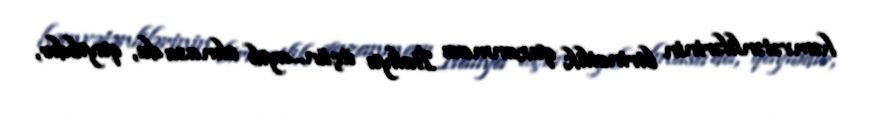
həmvətənlilərinin birincilik qazanması İtaliya üçün...ayıb olmasa da, qayıbdır,